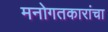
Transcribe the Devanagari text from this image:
मनोगतकारांचा